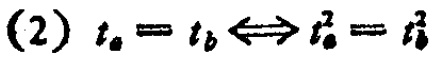
(2) \(t_a = t_b \Leftrightarrow t_a^2 = t_b^2\)